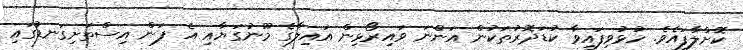
ކޮށްލާފައެވެ. ހުޅުވިފައިވާ ކުޑަދޮރުތަކުން އަންނަ ވައިރޯޅިން އައިލާގެ މޫނުގަޔާއި އެ ފަން އިސްތަށިގަނޑުގައި